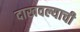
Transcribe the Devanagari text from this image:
दाखवल्याची